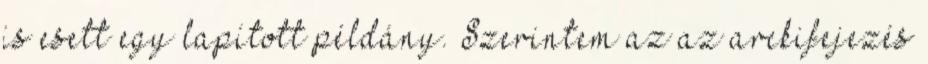
is esett egy lapított példány. Szerintem az az arckifejezés